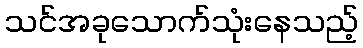
သင်အခုသောက်သုံးနေသည့်